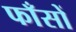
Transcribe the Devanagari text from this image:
फाँसों